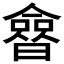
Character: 𰖲